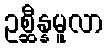
ဥစ္ဆီန္နမူလာ